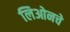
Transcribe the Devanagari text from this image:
लिओनचे